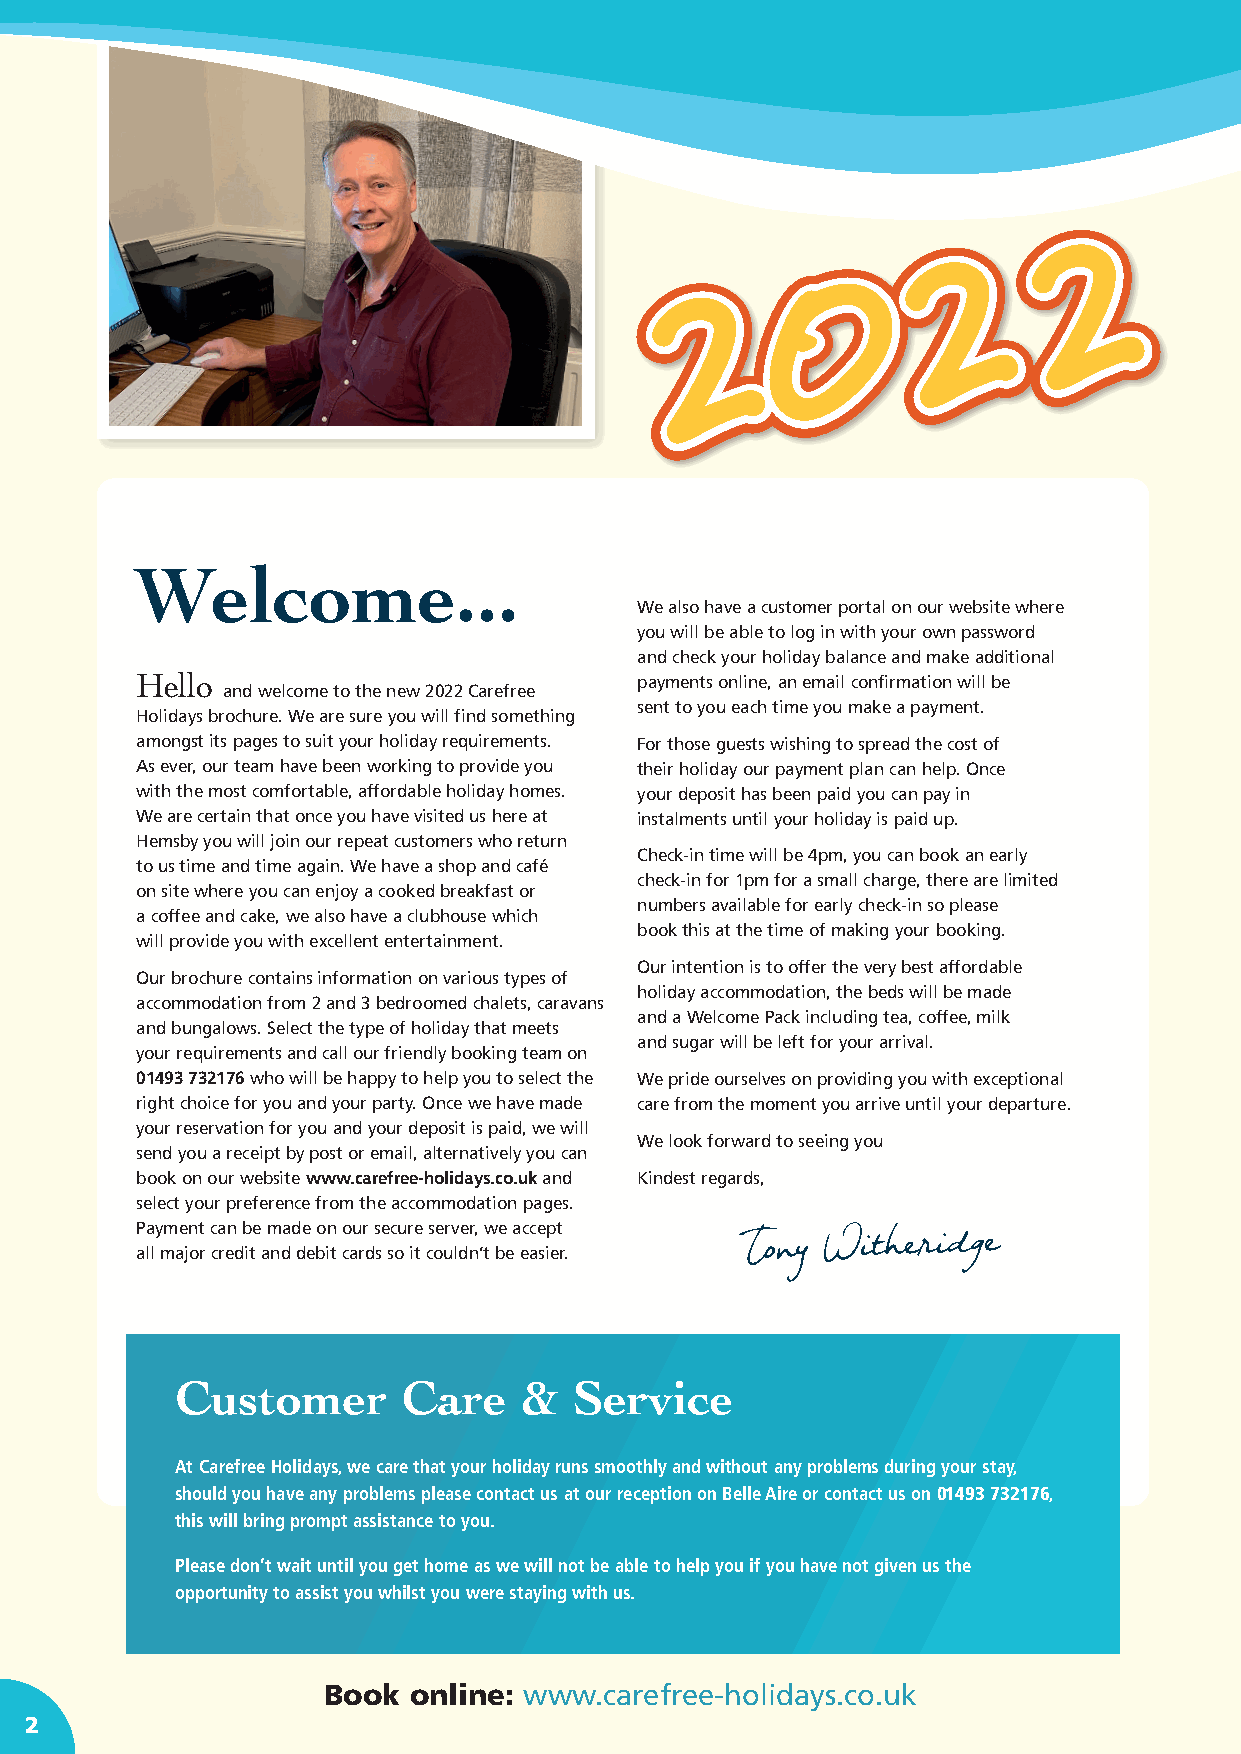
22222         Sleeps
 22222                 4-5
 00000
 22222
 A
 Terms
 Welcome...
 We also have a customer portal on our website where
 you will be able to log in with your own password
 and check your holiday balance and make additional
 Hello                            payments online, an email confirmation will be
 and welcome to the new 2022 Carefree
 sent to you each time you make a payment.
 Holidays brochure. We are sure you will find something
 amongst its pages to suit your holiday requirements. For those guests wishing to spread the cost of
 As ever, our team have been working to provide you their holiday our payment plan can help. Once
 with the most comfortable, affordable holiday homes. your deposit has been paid you can pay in
 We are certain that once you have visited us here at instalments until your holiday is paid up.
 Hemsby you will join our repeat customers who return
 Check-in time will be 4pm, you can book an early
 to us time and time again. We have a shop and café
 check-in for 1pm for a small charge, there are limited
 on site where you can enjoy a cooked breakfast or
 numbers available for early check-in so please
 a coffee and cake, we also have a clubhouse which
 book this at the time of making your booking.
 will provide you with excellent entertainment.
 Our intention is to offer the very best affordable
 Our brochure contains information on various types of
 holiday accommodation, the beds will be made
 accommodation from 2 and 3 bedroomed chalets, caravans
 and a Welcome Pack including tea, coffee, milk
 and bungalows. Select the type of holiday that meets
 and sugar will be left for your arrival.
 your requirements and call our friendly booking team on
 01493 732176 who will be happy to help you to select the We pride ourselves on providing you with exceptional
 right choice for you and your party. Once we have made care from the moment you arrive until your departure.
 your reservation for you and your deposit is paid, we will
 We look forward to seeing you
 send you a receipt by post or email, alternatively you can
 book on our website www.carefree-holidays.co.uk and Kindest regards,
 select your preference from the accommodation pages.
 Payment can be made on our secure server, we accept
 all major credit and debit cards so it couldn’t be easier. Tony Witheridge
 Customer       Care   &   Service
 At Carefree Holidays, we care that your holiday runs smoothly and without any problems during your stay,
 should you have any problems please contact us at our reception on Belle Aire or contact us on 01493 732176,
 this will bring prompt assistance to you.
 Please don’t wait until you get home as we will not be able to help you if you have not given us the
 opportunity to assist you whilst you were staying with us.
 Book  online: www.carefree-holidays.co.uk
 2